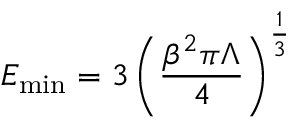
E _ { \mathrm { m i n } } = 3 \left( \frac { \beta ^ { 2 } \pi \Lambda } { 4 } \right) ^ { \frac { 1 } { 3 } }